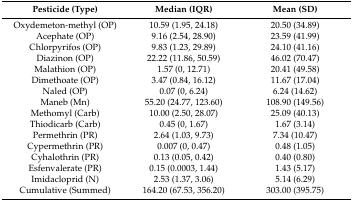
| Pesticide (Type) | Median (IQR) | Mean (SD) |
 | --- | --- | --- |
 | Oxydemeton-methyl (OP) | 10.59 (1.95, 24.18) | 20.50 (34.89) |
 | Acephate (OP) | 9.16 (2.54, 28.90) | 23.59 (41.99) |
 | Chlorpyrifos (OP) | 9.83 (1.23, 29.89) | 24.10 (41.16) |
 | Diazinon (OP) | 22.22 (11.86, 50.59) | 46.02 (70.47) |
 | Malathion (OP) | 1.57 (0, 12.71) | 20.41 (49.58) |
 | Dimethoate (OP) | 3.47 (0.84, 16.12) | 11.67 (17.04) |
 | Naled (OP) | 0.07 (0, 6.24) | 6.24 (14.62) |
 | Maneb (Mn) | 55.20 (24.77, 123.60) | 108.90 (149.56) |
 | Methomyl (Carb) | 10.00 (2.50, 28.07) | 25.09 (40.13) |
 | Thiodicarb (Carb) | 0.45 (0, 1.67) | 1.67 (3.14) |
 | Permethrin (PR) | 2.64 (1.03, 9.73) | 7.34 (10.47) |
 | Cypermethrin (PR) | 0.007 (0, 0.47) | 0.48 (1.05) |
 | Cyhalothrin (PR) | 0.13 (0.05, 0.42) | 0.40 (0.80) |
 | Esfenvalerate (PR) | 0.15 (0.0003, 1.44) | 1.43 (5.17) |
 | Imidacloprid (N) | 2.53 (1.37, 3.06) | 5.14 (6.29) |
 | Cumulative (Summed) | 164.20 (67.53, 356.20) | 303.00 (395.75) |